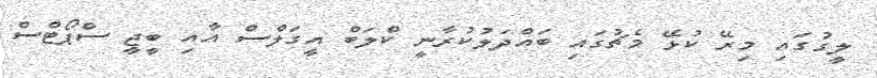
ލީގުގައި މިރޭ ކުޅޭ މެޗުގައި ބައްދަލުކުރާނީ ކްލަބް އީގަލްސް އާއި ބީޖީ ސްޕޯޓްސް